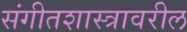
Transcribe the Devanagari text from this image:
संगीतशास्त्रावरील